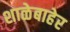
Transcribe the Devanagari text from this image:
शाळेबाहेर